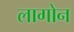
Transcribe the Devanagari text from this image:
लागोन